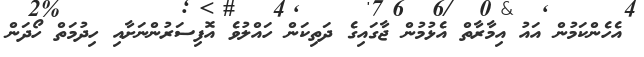
އެހެންކަމުން އައު އިމާރާތް އެޅުމުން ޖާގައިގެ ދަތިކަން ހައްލުވެ އޮފިސަރުންނަށާއި ހިދުމަތް ހޯދަން